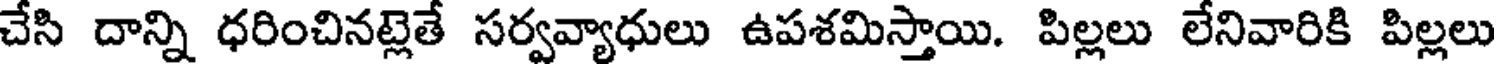
చేసి దాన్ని ధరించినట్లెతే సర్వవ్యాధులు ఉపశమిస్తాయి. పిల్లలు లేనివారికి పిల్లలు